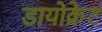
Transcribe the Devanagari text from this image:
डायोक्रेट